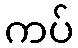
ကပ်